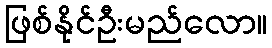
ဖြစ်နိုင်ဦးမည်လော။